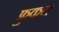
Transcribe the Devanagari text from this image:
फ्रुकल